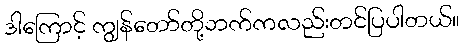
ဒါကြောင့် ကျွန်တော်တို့ဘက်ကလည်းတင်ပြပါတယ်။